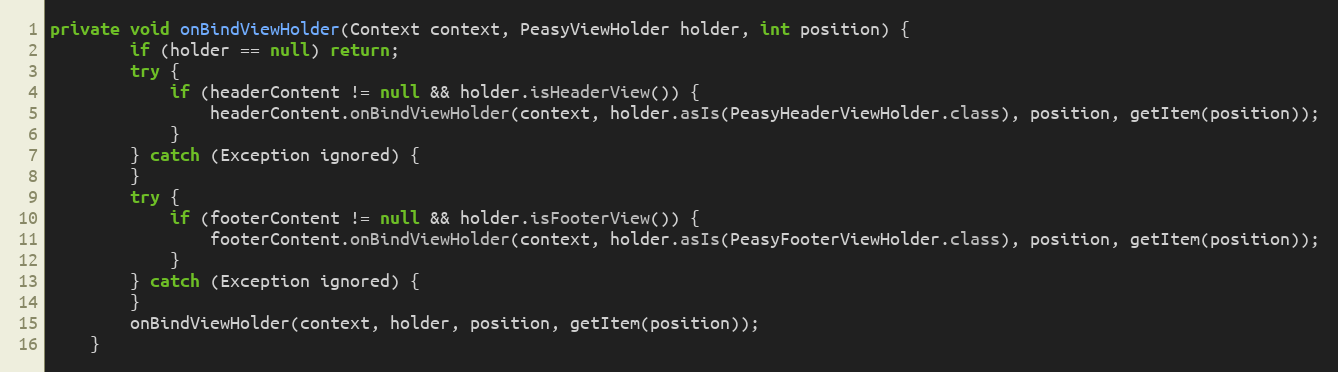
Language: Java
private void onBindViewHolder(Context context, PeasyViewHolder holder, int position) {
        if (holder == null) return;
        try {
            if (headerContent != null && holder.isHeaderView()) {
                headerContent.onBindViewHolder(context, holder.asIs(PeasyHeaderViewHolder.class), position, getItem(position));
            }
        } catch (Exception ignored) {
        }
        try {
            if (footerContent != null && holder.isFooterView()) {
                footerContent.onBindViewHolder(context, holder.asIs(PeasyFooterViewHolder.class), position, getItem(position));
            }
        } catch (Exception ignored) {
        }
        onBindViewHolder(context, holder, position, getItem(position));
    }